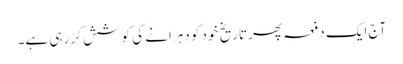
آج ایک دفعہ پھر تاریخ خود کو دہرانے کی کوشش کر رہی ہے۔